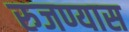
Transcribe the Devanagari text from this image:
रुजण्यास